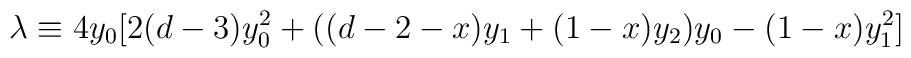
\lambda \equiv 4 y_0 [2(d-3)y_0^2+((d-2-x) y_1+(1-x)y_2)y_0-(1-x)y_1^2]